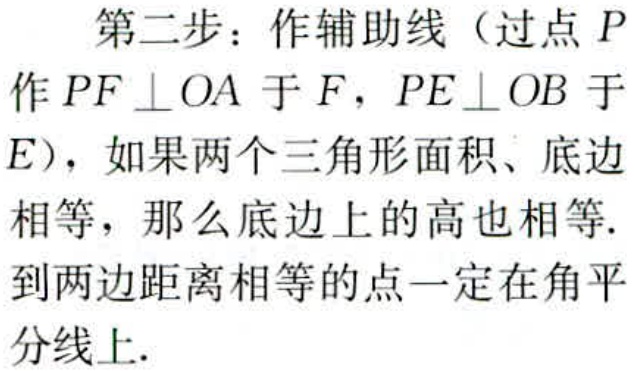
第二步：作辅助线（过点 \(P\) 作 \(PF\perp OA\) 于 \(F\)，\(PE\perp OB\) 于 \(E\)），如果两个三角形面积、底边相等，那么底边上的高也相等. 到两边距离相等的点一定在角平分线上.